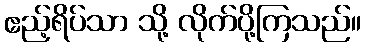
ဧည့်ရိပ်သာ သို့ လိုက်ပို့ကြသည်။